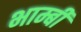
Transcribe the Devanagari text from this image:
भाम्बी